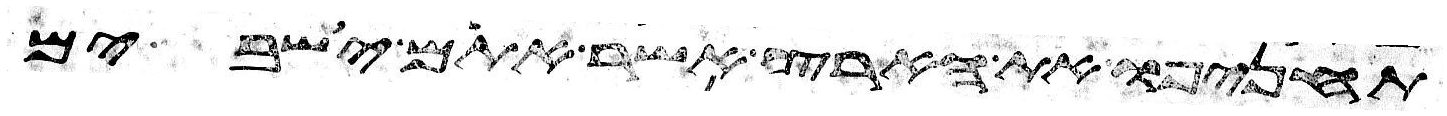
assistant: תחניפו את הארץ אשר אתם ישבים